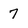
Character: 7